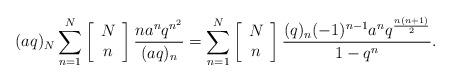
LaTeX: \begin{align*}(aq)_N\sum_{n=1}^{N}\left[\begin{array}{c}N\\n\end{array}\right]\frac{na^nq^{n^2}}{(aq)_n}=\displaystyle\sum_{n=1}^{N}\left[\begin{array}{c}N\\n\end{array}\right]\frac{(q)_n(-1)^{n-1}a^nq^\frac{n(n+1)}{2}}{1-q^n}.\end{align*}